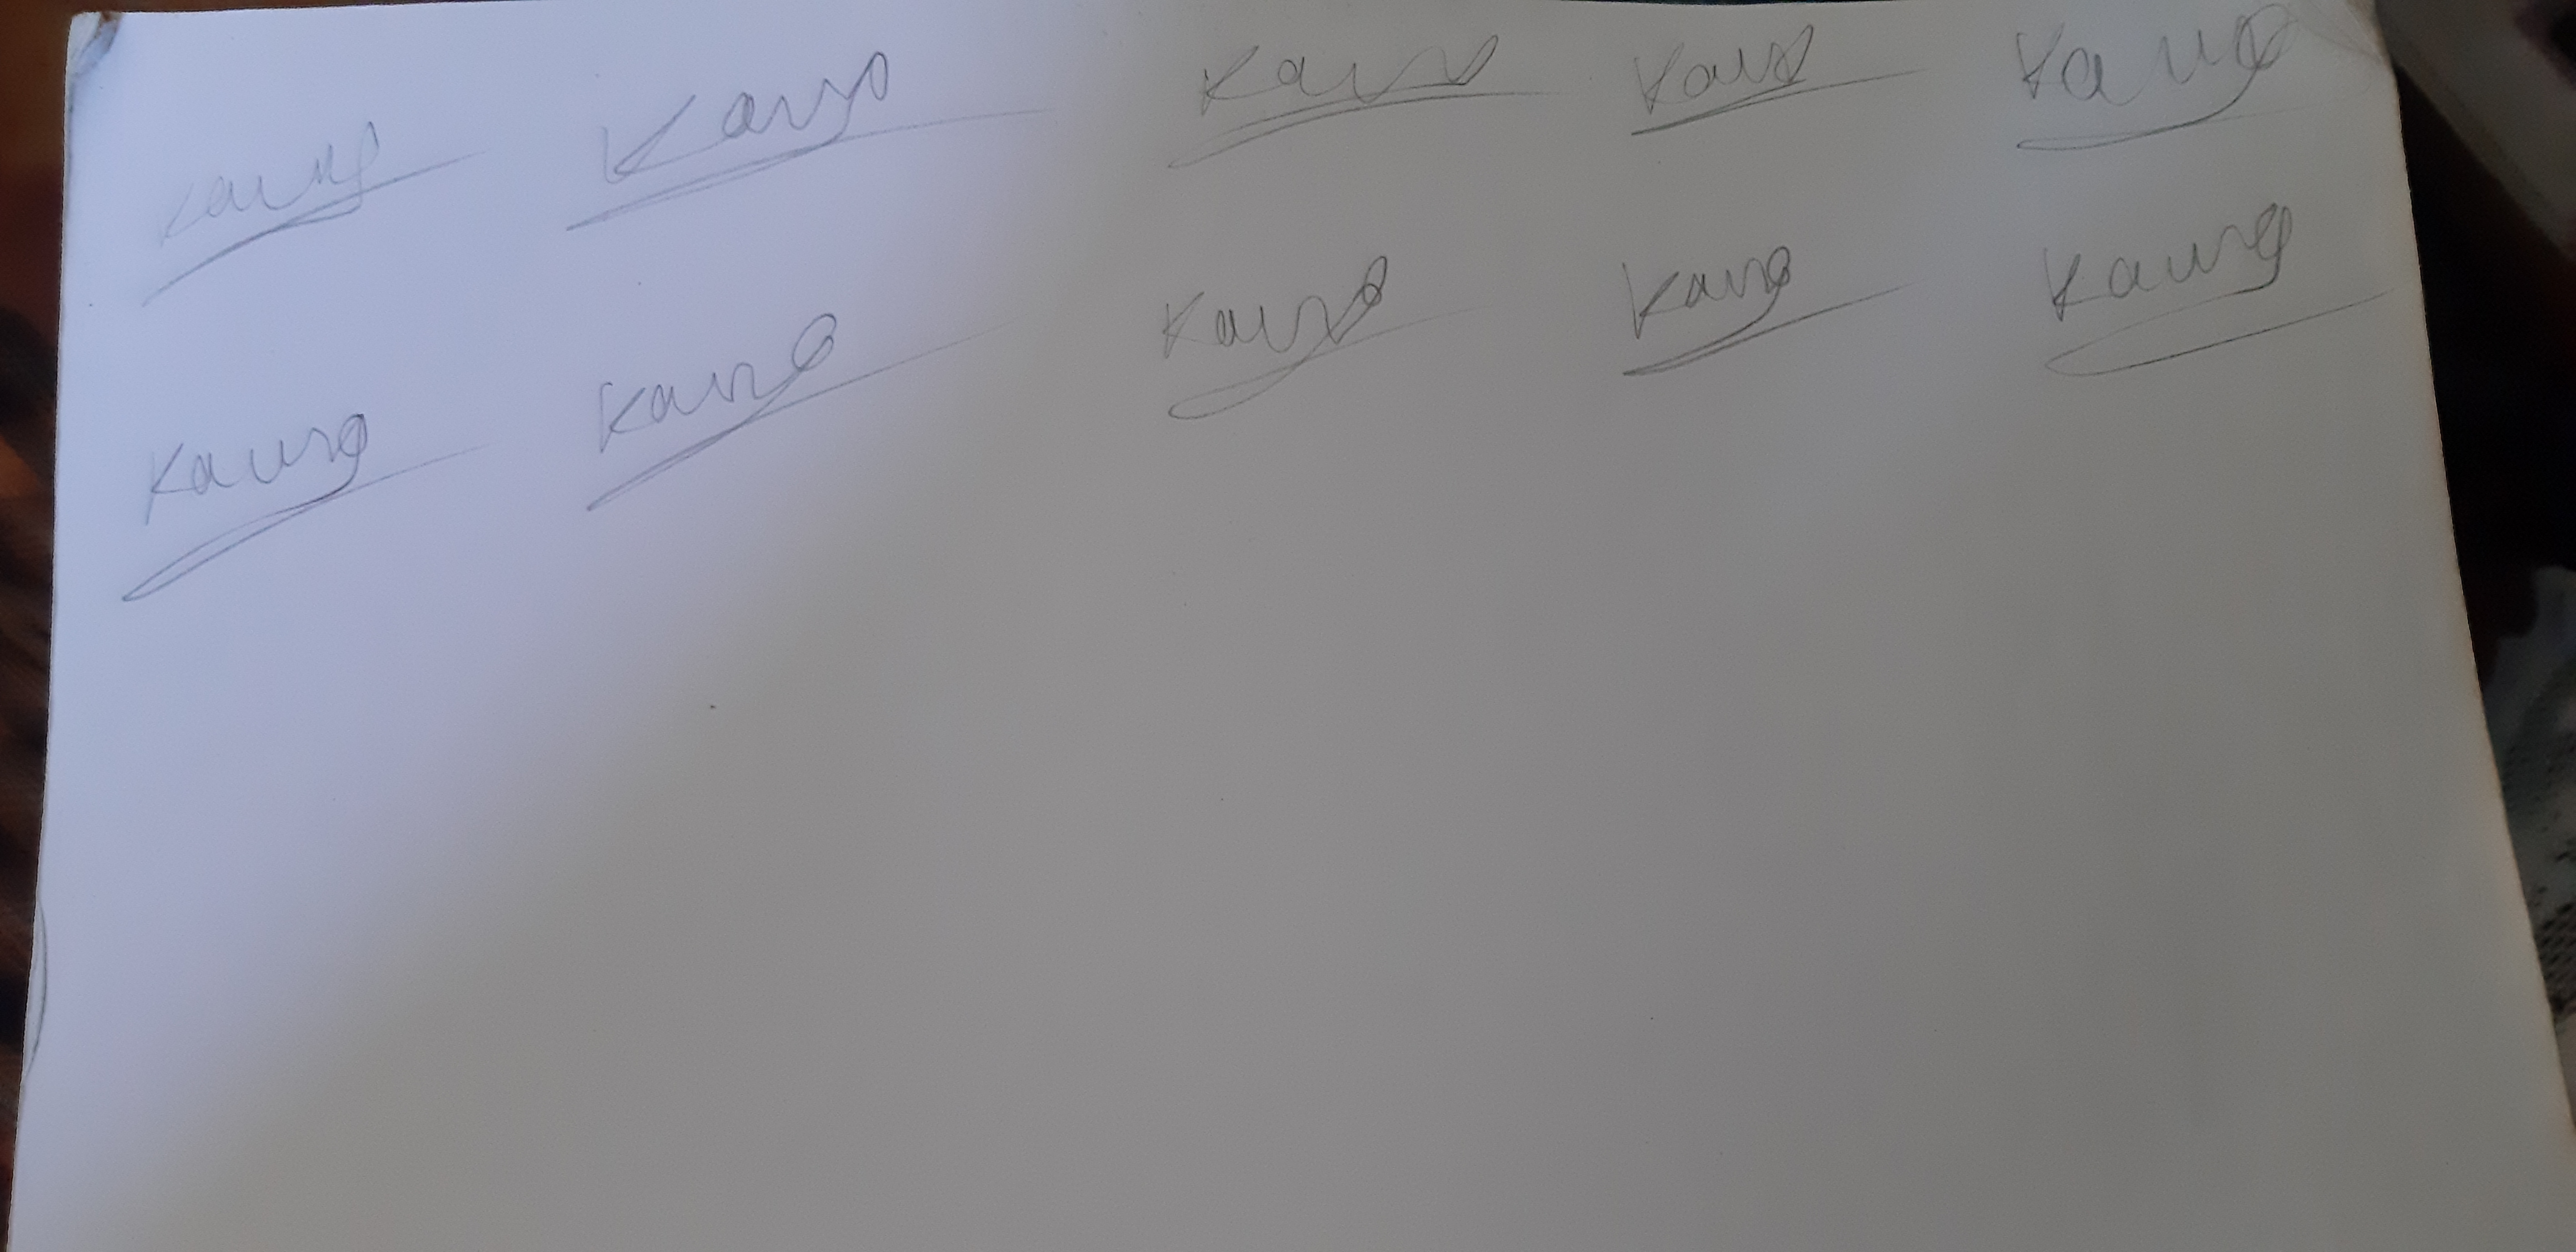
Signature authenticity: genuine